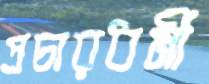
প্রচারধর্মী